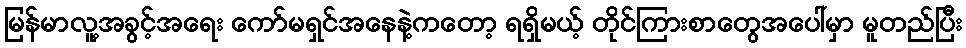
မြန်မာလူ့အခွင့်အရေး ကော်မရှင်အနေနဲ့ကတော့ ရရှိမယ့် တိုင်ကြားစာတွေအပေါ်မှာ မူတည်ပြီး